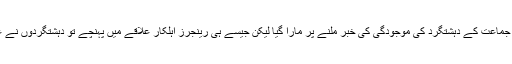
رینجرز نے کراچی کے علاقے کورنگی زمان ٹاون میں چھاپہ مارا، چھاپہ سیاسی جماعت کے دہشتگرد کی موجودگی کی خبر ملنے پر مارا گیا لیکن جیسے ہی رینجرز اہلکار علاقے میں پہنچے تو دہشتگردوں نے غیر مسلحہ ہونے سے انکار کر دیا اور رینجرز سے مقابلہ کرنے کے لیے آ گئے ۔